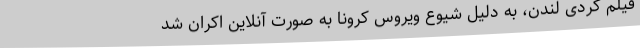
فيلم کُردی لندن، به دلیل شیوع ویروس کرونا به صورت آنلاین اکران شد